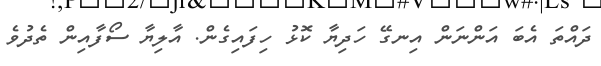
ދައްތަ އެބަ އަންނަން އިނގޭ ހަދިޔާ ކޮޅު ހިފައިގެން. އާލިޔާ ސޯފާއިން ތެދުވެ